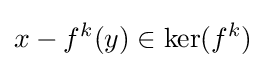
x-f^{k}(y)\in \mathrm {ker} (f^{k})